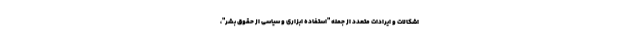
اشکالات و ایرادات متعدد از جمله "استفاده ابزاری و سیاسی از حقوق بشر"،